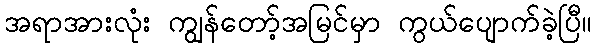
အရာအားလုံး ကျွန်တော့်အမြင်မှာ ကွယ်ပျောက်ခဲ့ပြီ။